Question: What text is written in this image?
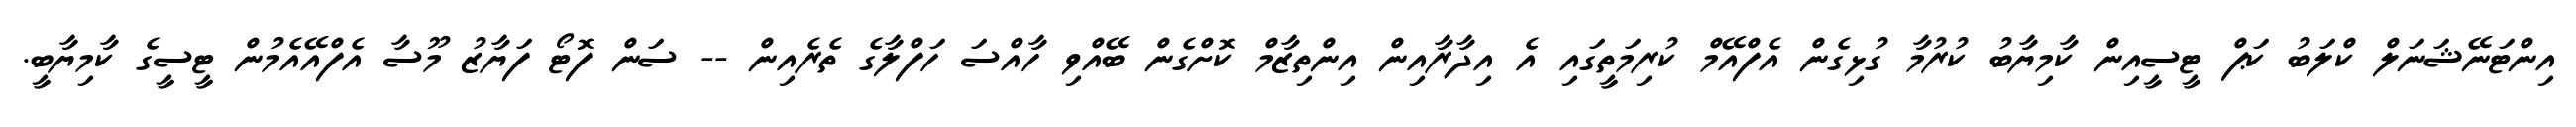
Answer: އިންޓަނޭޝަނަލް ކްލަބު ކަޕް ޓީސީއިން ކާމިޔާބު ކުރުމާ ގުޅިގެން އެފްއޭމް ކުރިމަތީގައި އެ އިދާރާއިން އިންތިޒާމް ކޮށްގެން ބޭއްވި ހާއްސަ ހަފްލާގެ ތެރެއިން -- ސަން ފޮޓޯ ފަޔާޒު މޫސާ އެފްއޭއެމުން ޓީސީގެ ކާމިޔާބީ.